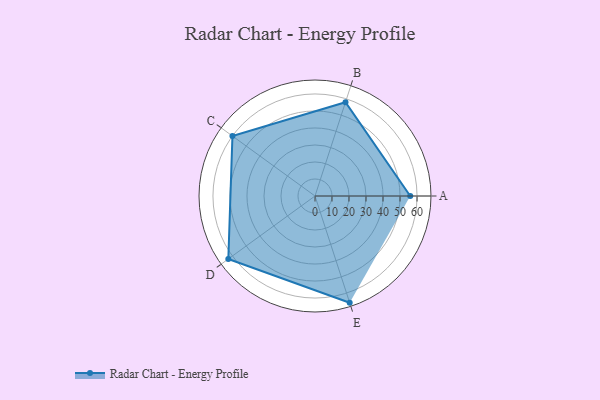
{"axis": {"x": "Skill", "y": "Score"}, "legend": ["Profile"], "data": [{"x": "A", "y": 56.0, "type": "Profile"}, {"x": "B", "y": 58.0, "type": "Profile"}, {"x": "C", "y": 60.0, "type": "Profile"}, {"x": "D", "y": 63.0, "type": "Profile"}, {"x": "E", "y": 66.0, "type": "Profile"}]}